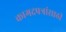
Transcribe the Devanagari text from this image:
कागदपत्रांसाठी